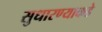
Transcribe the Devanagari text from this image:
सुधारण्याकडे